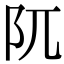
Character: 阢